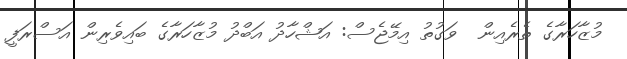
މުޒާހަރާގެ ތެރެއިން  ވަގުތު އިމޭޖެސް: އަޝްހާދު އަބްދު މުޒާހަރާގެ ބައިވެރިން އަސްރަފީ